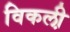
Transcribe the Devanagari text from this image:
विकली़